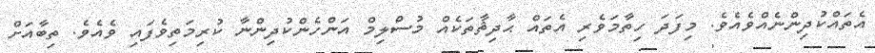
އެތައްކުދިންނެއްވެއެވެ. މިފަދަ ހިތާމަވެރި އެތައް ޙާދިޘާތަކެއް މުސްލިމް އަންހެންކުދިންނާ ކުރިމަތިވެފައި ވެއެވެ. ތިބާއަށް